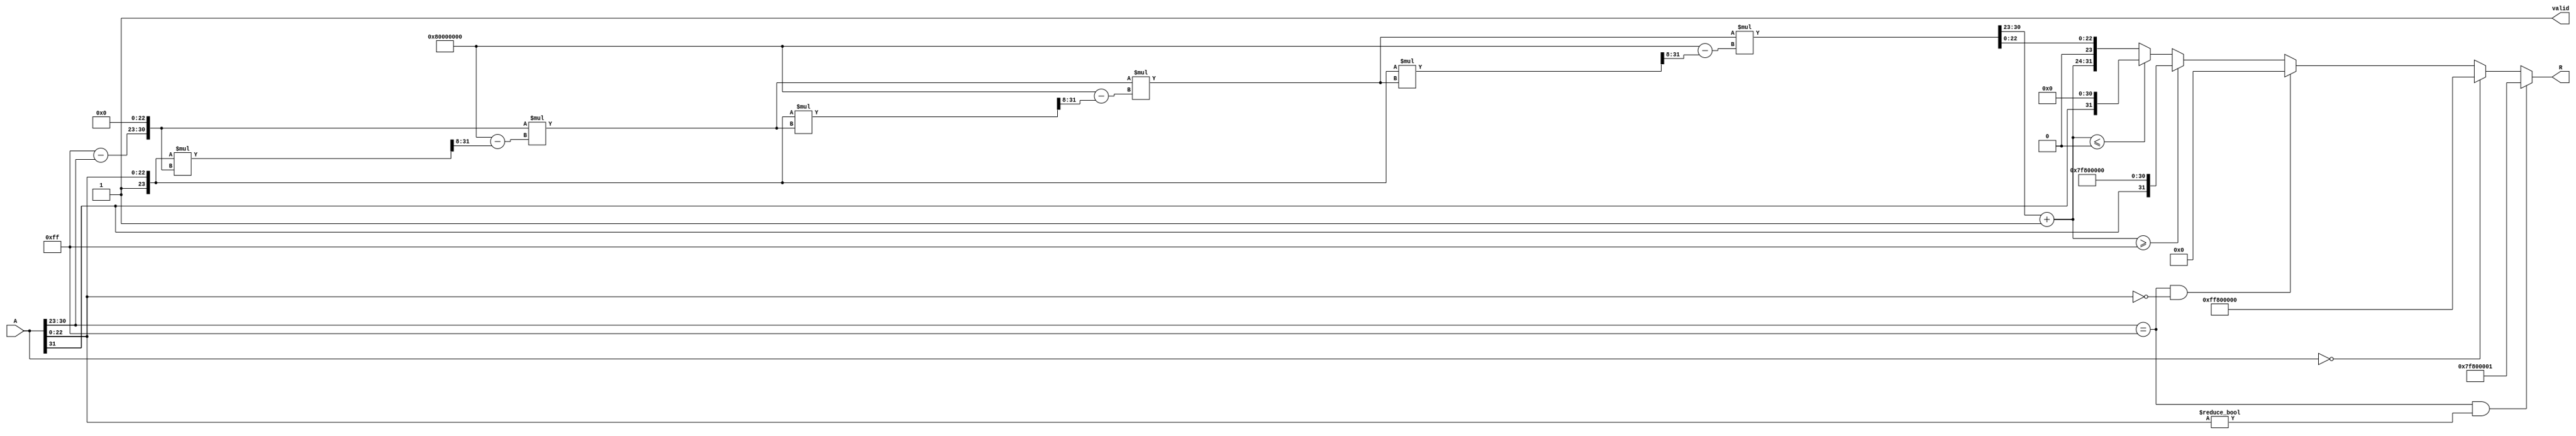
module floating_point_reciprocal (
    input wire [31:0] A,          // Input floating-point number
    output reg [31:0] R,          // Output reciprocal
    output reg valid               // Output valid signal
);

    // Constants for IEEE 754
    parameter EXPONENT_BIAS = 127;
    parameter EXPONENT_MAX = 255;
    parameter EXPONENT_MIN = 1;   // For denormalized numbers
    parameter MANTISSA_WIDTH = 23;

    // Intermediate signals
    reg [7:0] exponent;
    reg [23:0] mantissa;
    reg sign;
    reg [31:0] approx;            // Approximation of 1/A
    reg [7:0] exponent_out;
    reg [23:0] mantissa_out;

    // Special case handling
    wire is_zero = (A == 32'b0);
    wire is_infinity = (A[30:23] == 8'b11111111 && A[22:0] == 23'b0);
    wire is_nan = (A[30:23] == 8'b11111111 && A[22:0] != 23'b0);

    always @(*) begin
        // Default outputs
        R = 32'b0;
        valid = 1'b0;

        // Handle special cases
        if (is_nan) begin
            R = {1'b0, 8'b11111111, 23'b1}; // NaN output
            valid = 1'b1;
        end else if (is_zero) begin
            R = {1'b1, 8'b11111111, 23'b0}; // Infinity output
            valid = 1'b1;
        end else if (is_infinity) begin
            R = 32'b0; // Zero output
            valid = 1'b1;
        end else begin
            // Extract sign, exponent, and mantissa
            sign = A[31];
            exponent = A[30:23];
            mantissa = {1'b1, A[22:0]}; // Normalize mantissa

            // Initial approximation of 1/A
            approx = {1'b0, 8'b11111111 - exponent, 23'b0}; // Start with an initial guess
            
            // Newton-Raphson iterations (3 iterations)
            repeat (3) begin
                approx = approx * (32'h80000000 - (mantissa * approx >> 8)); // x_n * (2 - A * x_n)
            end
            
            // Normalize the result
            if (approx[31]) begin // Check if result is negative
                approx = {1'b0, approx[30:0]}; // Ensure the sign bit is 0
            end
            
            // Extract the new exponent and mantissa
            exponent_out = approx[30:23] + 1; // Adjust exponent
            mantissa_out = approx[22:0];

            // Check for overflow/underflow
            if (exponent_out >= EXPONENT_MAX) begin
                R = {sign, 8'b11111111, 23'b0}; // Set to infinity
            end else if (exponent_out <= 0) begin
                R = {sign, 8'b0, 23'b0}; // Set to zero
            end else begin
                R = {sign, exponent_out, mantissa_out}; // Set the final output
            end
            
            valid = 1'b1; // Indicate valid output
        end
    end
endmodule